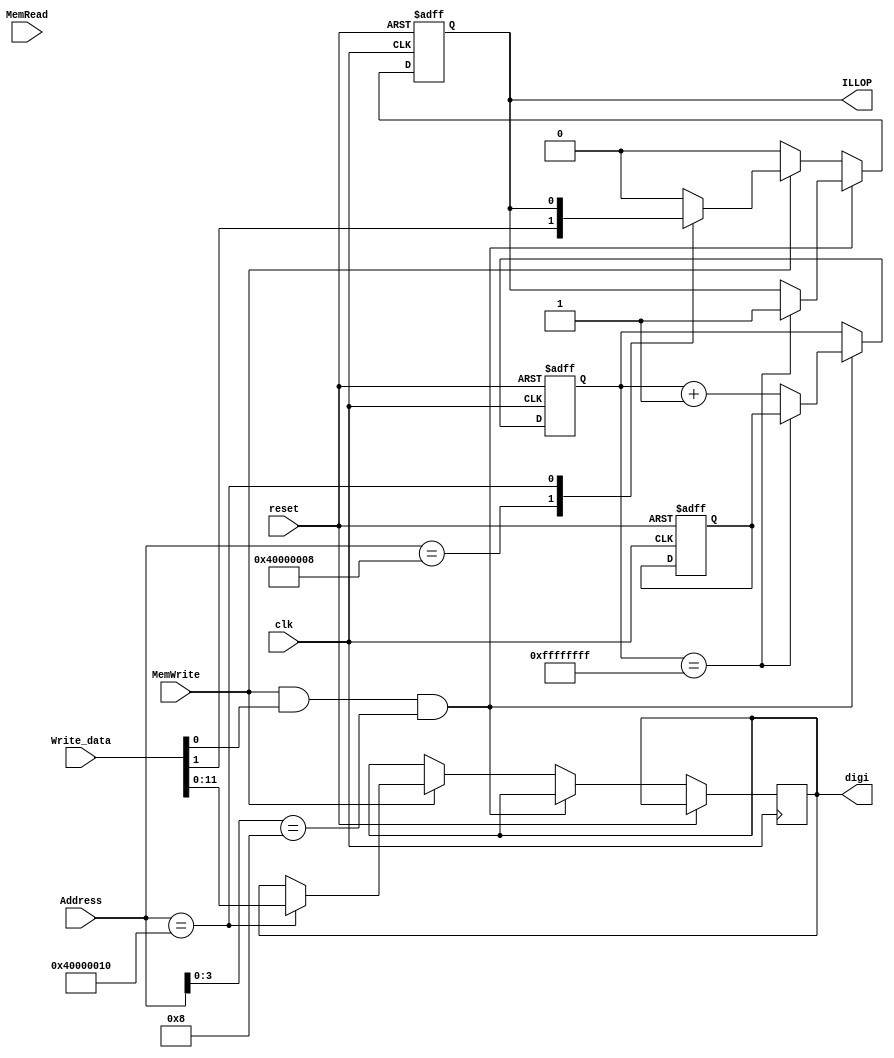

module Peripheral(reset, clk, Address, Write_data, MemRead, MemWrite,digi,ILLOP);
	input reset, clk;
	input [31:0] Address, Write_data;
	input MemRead, MemWrite;
	//output reg [31:0] Read_data;
	output reg [11:0] digi;
	output  reg ILLOP;
	reg [31:0] TH,TL;
    //reg [1:0] TCON;//10
    //assign ILLOP=TCON[1];
    
    always@(posedge reset or posedge clk) begin
	if(reset) begin
		TH <= 32'hff8e795f;//fffe795f;
		TL <= 32'hff8e795f;//fffe795f;
		ILLOP <= 1'b0;
		//ILLOP
	end
	else if (MemWrite && Write_data[0] && Address[3:0]==4'b1000 )begin
	   //01
		if(TL==32'hffffffff) begin
				TL <= TH;
				ILLOP<= 1'b1;		//irq is enabled   
				//TCON[0]<= 1'b0;	            
		end
		else TL <= TL + 1;
		end
	else if(MemWrite) begin
			case(Address)
				//32'h40000000: TH <= Write_data;
				//32'h40000004: TL <= Write_data;
				32'h40000008: ILLOP <= Write_data[1];		//TCON01
				//32'h4000000C: led <= Write_data[7:0];			
				32'h40000010: digi <=Write_data[11:0];
				//32'h40000018: show_clk=Write_data[0];
				default:ILLOP <=1'b0 ;
			endcase			
		end
	else ILLOP <=1'b0;
	end
//always@(*) begin
//	if(MemRead) begin
//		case(Address)
//			32'h40000000: Read_data <= TH;			
//			32'h40000004: Read_data <= TL;			
//			32'h40000008: Read_data <= {29'b0,TCON};				
//			//32'h4000000C: Read_data <= {24'b0,led};			
//			//32'h40000010: Read_data <= {24'b0,digi};
//			//32'h40000014: Read_data <= {20'b0,systick};
//            //32'h40000018: show_clk <= {24'b0,TX_DATA};
////			32'h4000001C: begin
////							rdata <= {24'b0,RX_DATA1};
////							RX_GET <= 0;
////						  end
////			32'h40000020: rdata <= {30'b0,RX_GET,TX_STATUS};
//			default:begin Read_data <= 32'b0;end
//		endcase
//	end
//	else
//		Read_data <= 32'b0;
//end


	endmodule